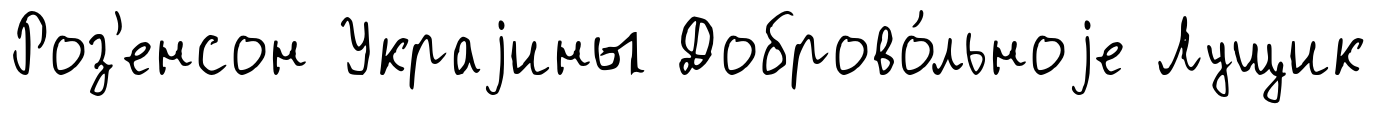
Роз'енсон Украjины Доброво́льноjе Лущик